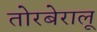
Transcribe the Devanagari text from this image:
तोरबेरालू